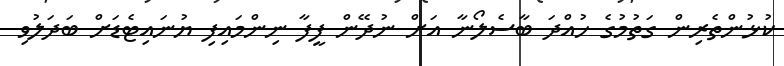
ކުޅުންތެރިން ގަތުމުގެ ހުއްދަ ބާސެލޯނާ އަށް ނުދޭން ފީފާ ނިންމައިފި ޔުނައިޓެޑަށް ބަދަލުވި